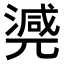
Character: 𣾃